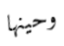
وحينها